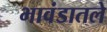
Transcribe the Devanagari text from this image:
भावंडातले